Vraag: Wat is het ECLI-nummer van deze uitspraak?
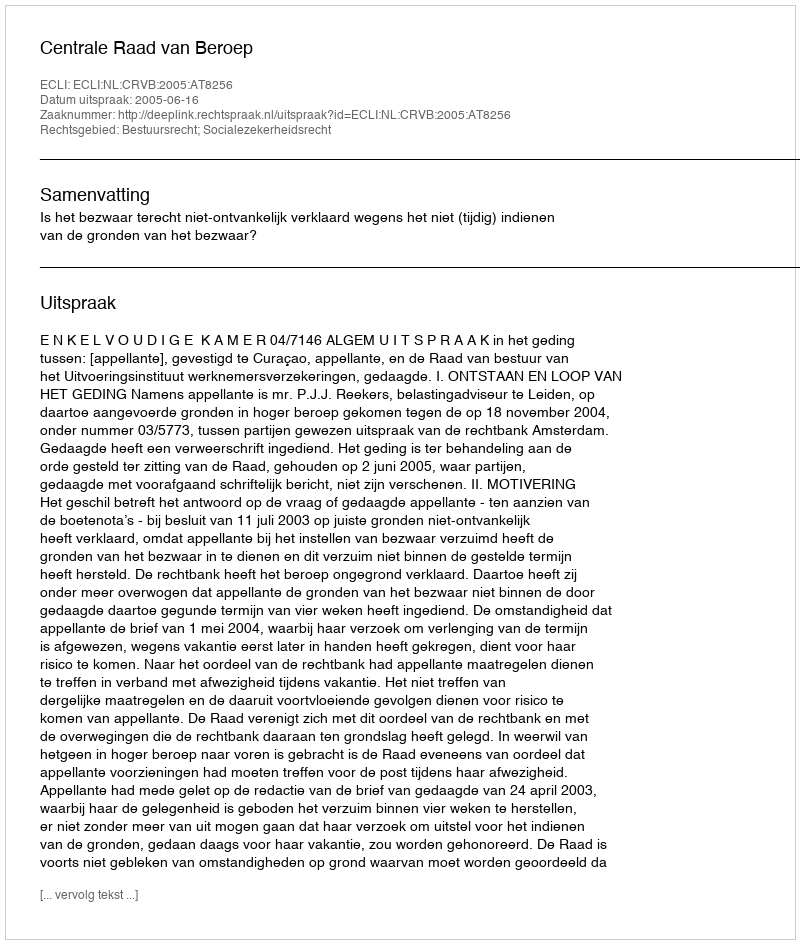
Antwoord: ECLI:NL:CRVB:2005:AT8256